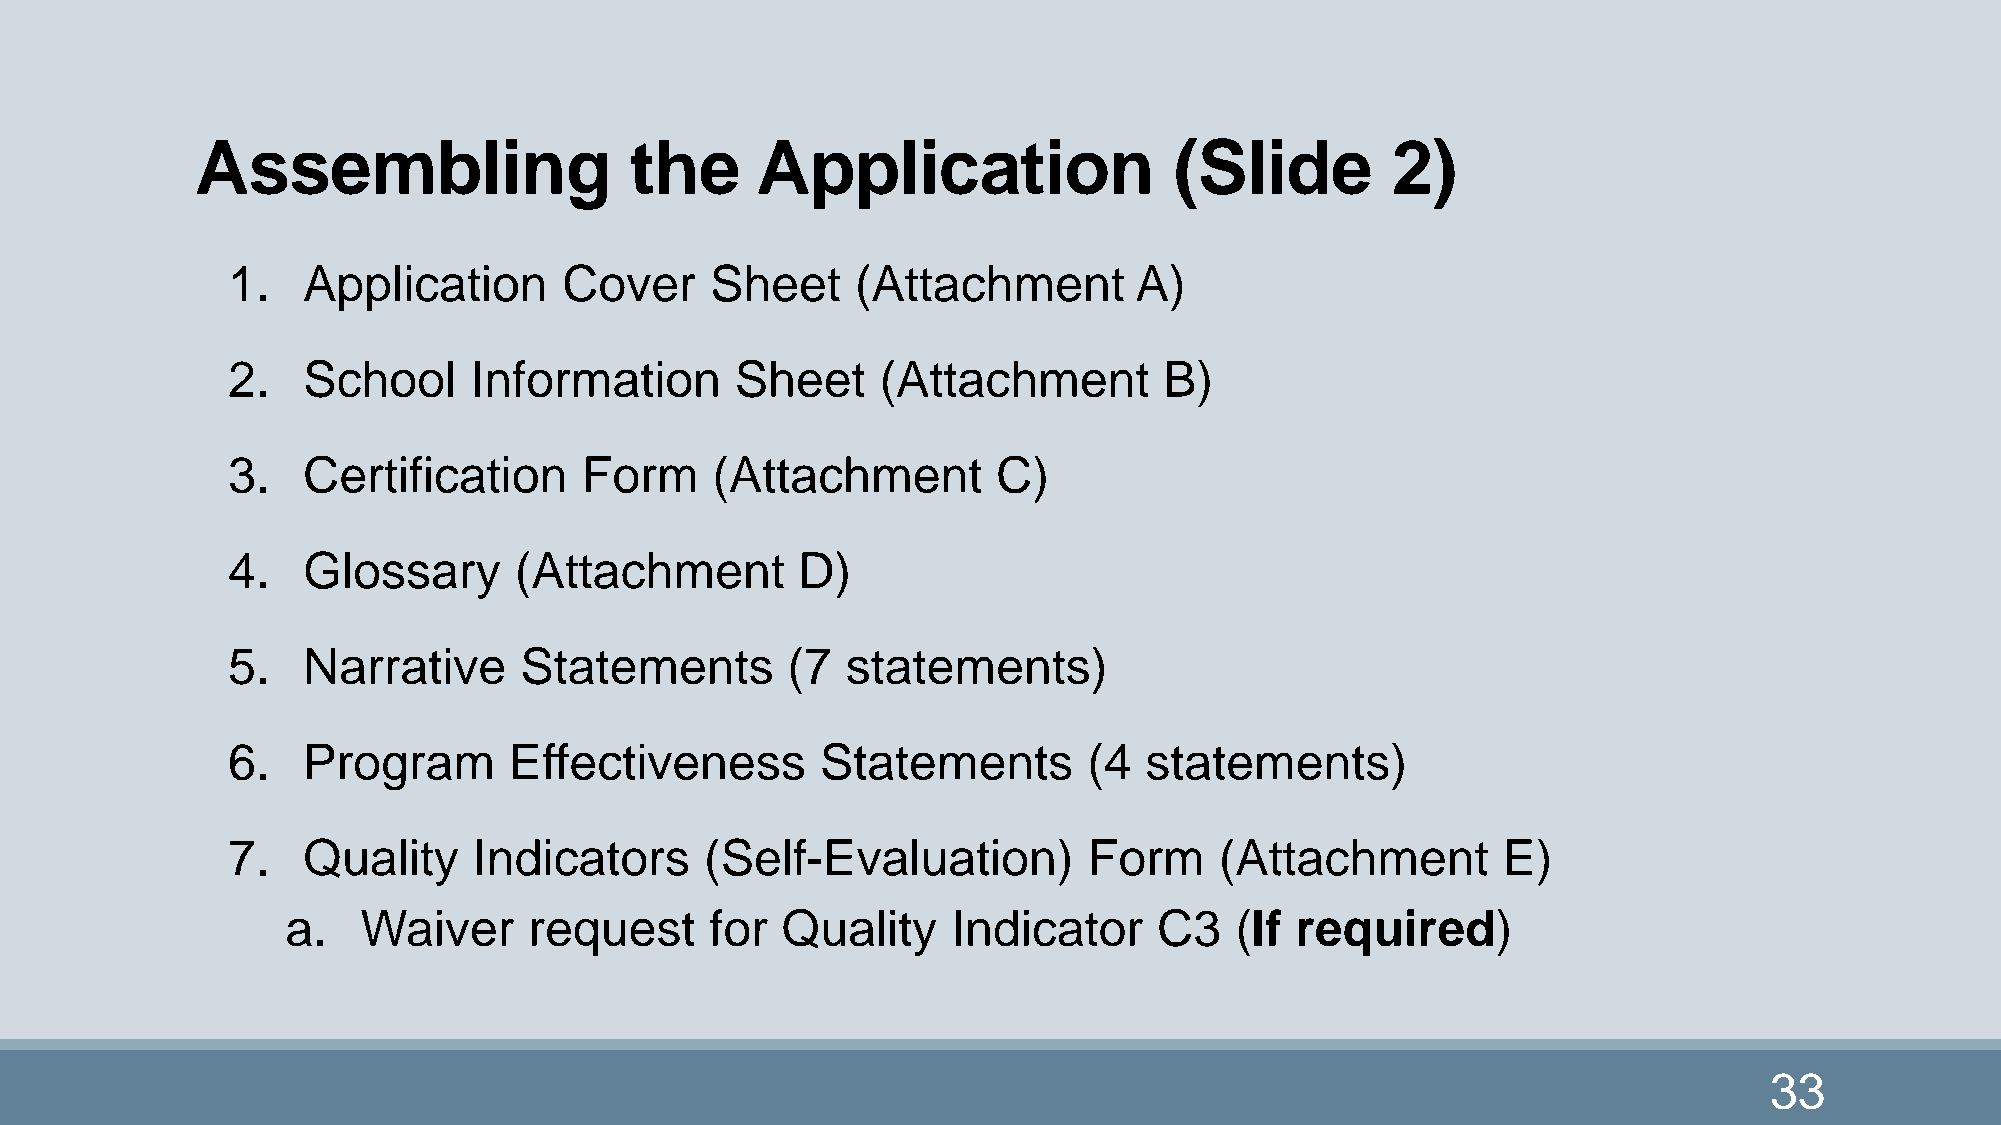
Assembling                   the     Application                 (Slide        2)
 1.   Application      Cover     Sheet     (Attachment       A)
 2.   School     Information       Sheet    (Attachment        B)
 3.   Certification      Form    (Attachment        C)
 4.   Glossary      (Attachment        D)
 5.   Narrative     Statements        (7  statements)
 6.   Program       Effectiveness       Statements        (4  statements)
 7.   Quality    Indicators      (Self-Evaluation)        Form     (Attachment       E)
 a.   Waiver     request     for  Quality    Indicator     C3   (If required)
 33